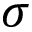
\sigma